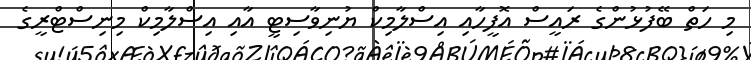
މި ހަތް ބޭފުޅުންގެ ރައީސް އޮފީހާއި އިސްލާމިކް ޔުނިވާސިޓީ އާއި އިސްލާމިކް މިނިސްޓްރީގެ